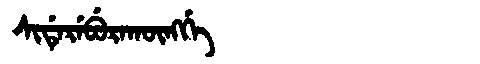
Manchu: ᠰᡳᡩᡝᡵᡝᠪᡠᡵᠠᡴᡡᠩᡤᡝ
Romanization: SIDEREBURAKŪNGGE